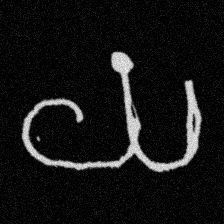
Pyu character \u2014 Myanmar letter: ယ (romanized: ya)